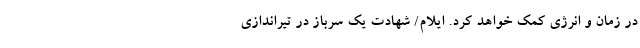
در زمان و انرژی کمک خواهد کرد. ایلام/ شهادت یک سرباز در تیراندازی